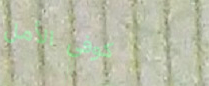
كوفي الأمل